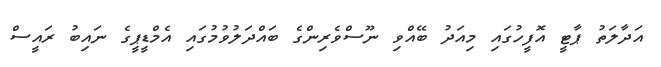
އަދާލަތު ޕާޓީ އޮފީހުގައި މިއަދު ބޭއްވި ނޫސްވެރިންގެ ބައްދަލުވުމުގައި އެމްޑީޕީގެ ނައިބު ރައީސް